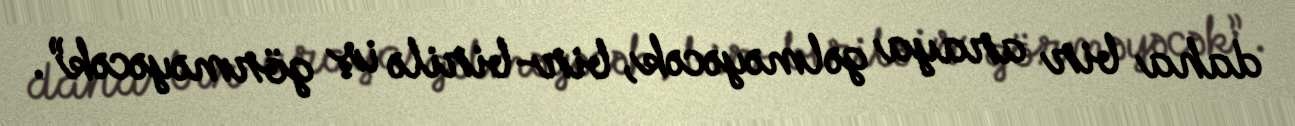
daha bir araya gəlməyəcək, bir-birilə iş görməyəcək”.